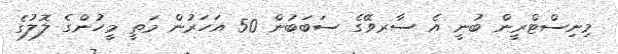
މިނިސްޓްރީން ބުނީ އެ ސާރވޭގެ ސަބަބުން 50 އަހަރުން މަތީ މީހުންގެ ލޮލުގެ